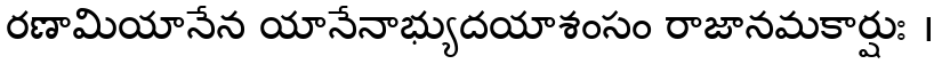
రణామియానేన యానేనాభ్యుదయాశంసం రాజానమకార్షుః ।